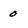
Character: o